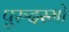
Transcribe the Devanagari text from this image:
पुरुदस्मो